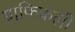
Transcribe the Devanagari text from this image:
ग्राफिकली